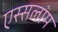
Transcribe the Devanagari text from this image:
एस्सलाम